Report of the Indian Hemp Drugs Commission, 1894-1895 - Volume IV
Year: 1894
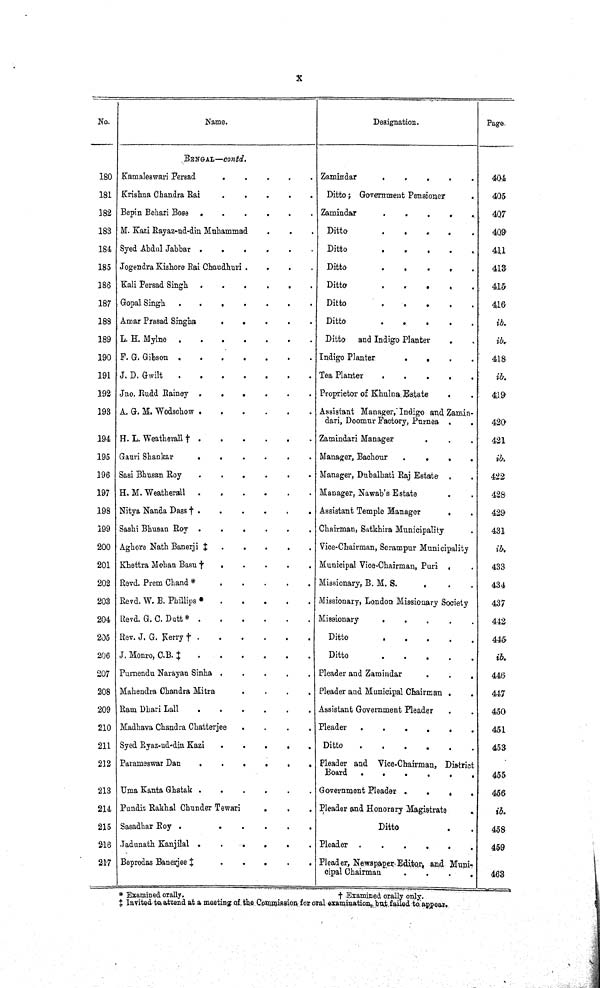
X
No.
Name.
Designation.
Page.
BENGAL—contd.
180 Kamaleswari Persad
Zamindar
404
181 Krishna Chandra Rai
Ditto; Government Pensioner
405
182 Bepin Behari Bose
Zamindar
407
183 M. Kazi Rayaz-ud-din Muhammad
Ditto
409
184 Syed Abdul Jabbar
Ditto
411
185 Jogendra Kishore Rai Chaudhuri
Ditto
413
186 Kali Persad
Singh.
Ditto
415
187 Gopal Singh
Ditto
416
188 Amar Prasad Singha
Ditto
ib.
189 L. H. Mylno
Ditto and Indigo Planter
ib.
190 F. G. Gibson
Indigo Planter
418
191 J. D. Gwilt
Tea Planter
ib.
192 Jno. Rudd Rainoy
Proprietor of Khulna Estate
419
193 A. G. M. Wodschow
Assistant Manager, Indigo and Zamin-
dari, Doomur Factory, Purnea
420
194 H. L. Weatherall †
Zamindari Manager
421
195 Gauri Shankar
Manager, Bachour
ib.
196 Sasi Bhusan Roy
Manager, Dubalbati Raj Estate
422
197 H. M. Weatherall
Manager, Nawab's Estate
428
198 Nitya Nanda Dass
† Assistant Temple Manager
429
199 Sashi Bhusan Roy
Chairman, Satkhira Municipality
431
200 Aghore Nath Banerji
‡ Vice-Chairman, Serampur Municipality
ib.
201 Khettra Mohan Basu
† Municipal Vice-Chairman, Puri
433
202 Revd. Prem Chand *
Missionary, B. M. S.
434
203 Revd. W. B. Phillips *
Missionary, London Missionary Society
437
204
Revd. G. C. Dutt*
Missionary
442
205 Rev. J. G. Kerry
†
Ditto
445
206 J. Monro, C.B.
‡
Ditto
ib.
207 Purnendu Narayan
Sinha Pleader and Zamindar
446
208 Mahendra Chandra
Mitra Pleader and Municipal Chairman
447
209 Ram Dhari Lall
Assistant Government Pleader
450
210 Madhava Chandra Chatterjee
Pleader
451
211 Syed Ryaz-ud-din Kazi
Ditto
453
212 Parameswar Dan
Pleader and Vice-Chairman, District
Board
455
213 Uma Kanta Ghatak
Government Pleader
456
214 Pundit Rakhal Chunder Tewari
Pleader and Honorary Magistrate
ib.
215 Sasadhar Roy
Ditto
458
216 Jadunath Kanjilal
Pleader
459
217 Beprodas Banerjee ‡
Pleader, Newspaper Editor, and Muni-
cipal Chairman
463
† Examined orally.
†
Examined orally only.
* Invited to attend at a meeting of the Commission for oral examination, but failed to appear.